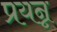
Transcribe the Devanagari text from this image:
प्रयन्न